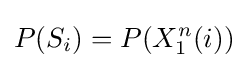
P(S_{i})=P(X_{1}^{n}(i))